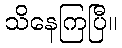
သိနေကြပြီ။